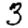
Digit: 3